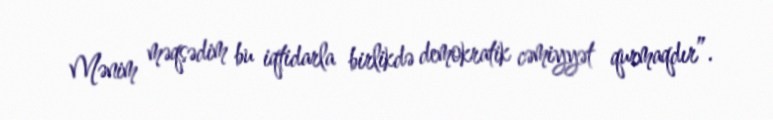
Mənim məqsədim bu iqtidarla birlikdə demokratik cəmiyyət qurmaqdır”.